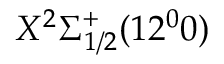
X ^ { 2 } \Sigma _ { 1 / 2 } ^ { + } ( 1 2 ^ { 0 } 0 )